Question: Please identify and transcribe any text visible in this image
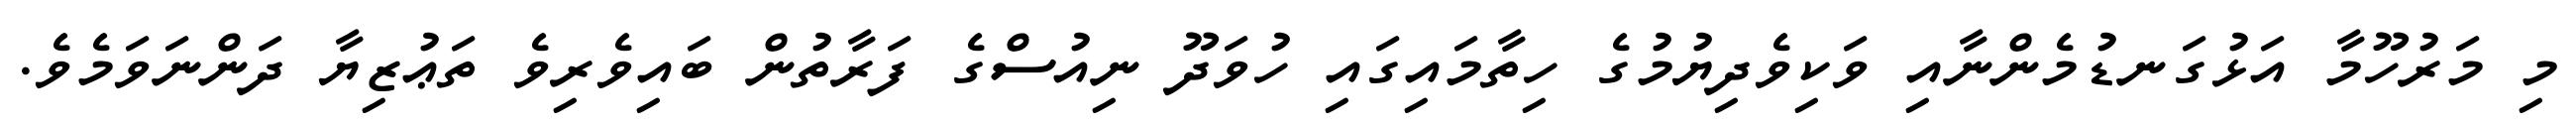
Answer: މި މަރުހޫމާ އަޅުގަނޑުމެންނާއި ވަކިވެދިޔުމުގެ ހިތާމައިގައި ހުވަދޫ ނިއުސްގެ ފަރާތުން ބައިވެރިވެ ތަޢުޒިޔާ ދަންނަވަމެވެ.